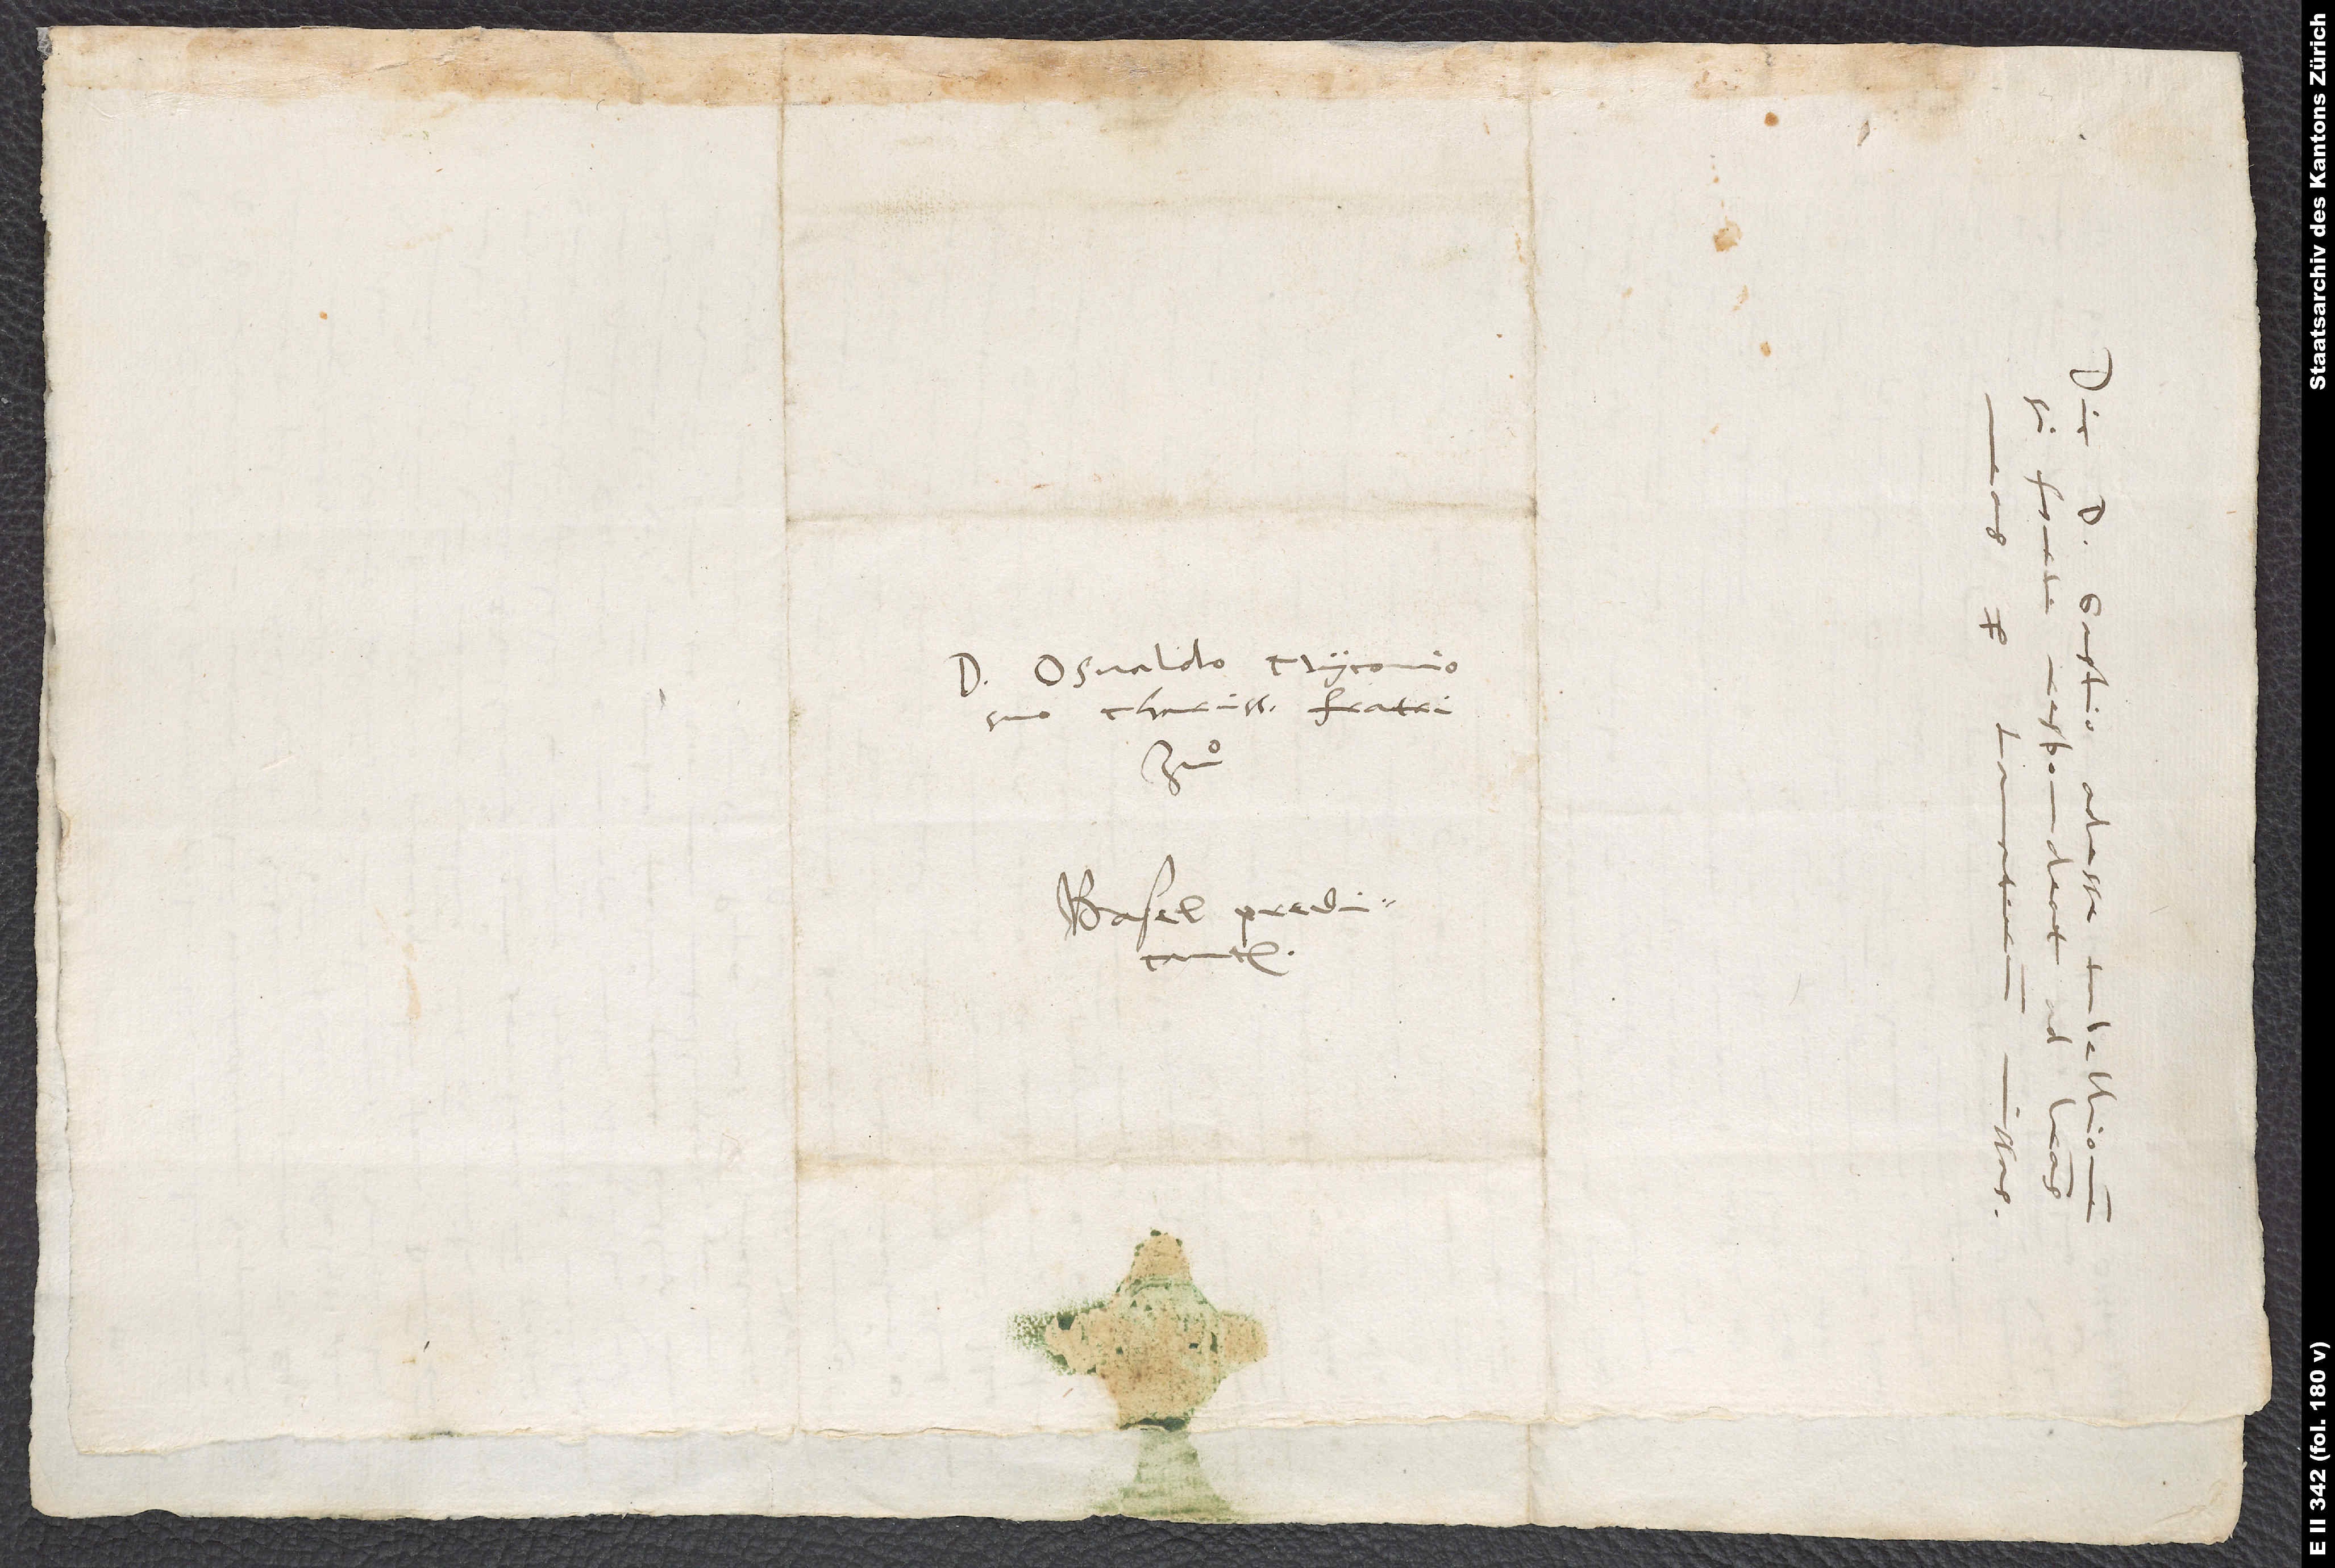
Osvaldo Myconio,
suo charissimo fratri,
Basel predicanten.
S.